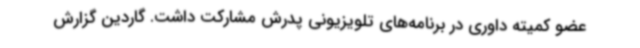
عضو کمیته داوری در برنامه‌های تلویزیونی پدرش مشارکت داشت. گاردین گزارش